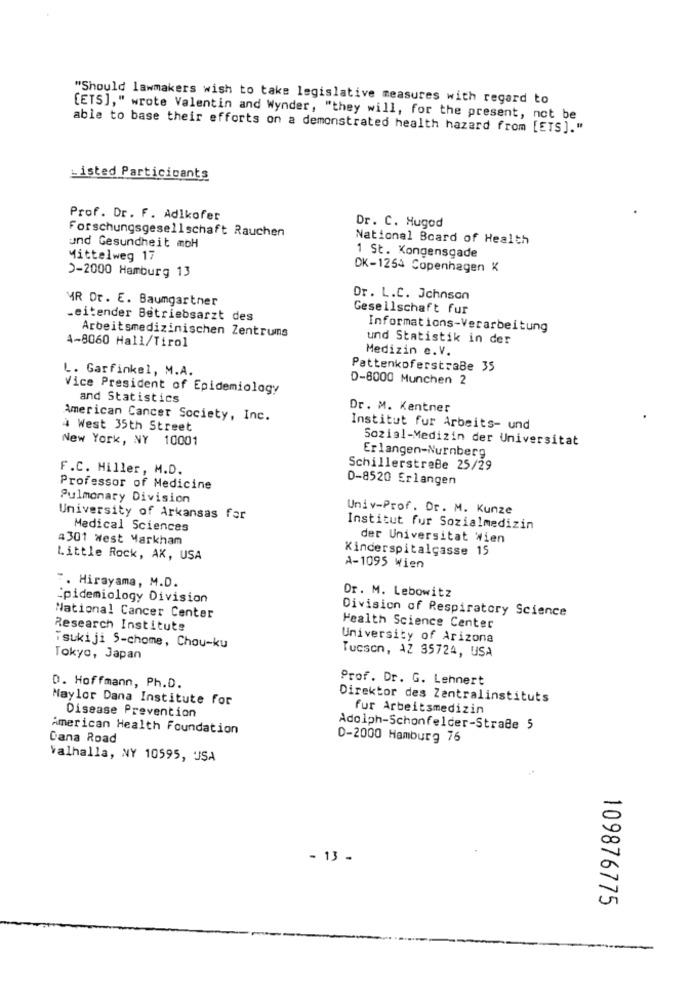
"Should lawmakers wish to take legislative measures with regard to
[ETS]," wrote Valentin and Wynder, "they will, for the present, not be
able to base their efforts on a demonstrated health hazard from [ETS]."
Listed Participants
Prof. Dr. F. Adlkofer
Dr. C. Hugod
Forschungsgesellschaft Rauchen
National Board of Health
und Gesundheit moH
Mittelweg 17
1 St. Kongensgade
DK-1254 Copenhagen K
>-2000 Hamburg 13
MR Dr. E. Baumgartner
Dr. L.C. Johnson
Gesellschaft fur
Leitender Betriebsarzt des
Arbeitsmedizinischen Zentrums
Informations-Verarbeitung
4-8060 Hall/Tirol
und Statistik in der
Medizin e. V.
L. Garfinkel, M.A.
Pattenkoferstraße 35
D-8000 Munchen 2
Vice President of Epidemiology
and Statistics
Dr. M. Kentner
American Cancer Society, Inc.
4 West 35th Street
Institut fur Arbeits- und
New York, NY 10001
Sozial-Medizin der Universitat
Erlangen-Nurnberg
F.C. Hiller, M.D.
SchillerstreBe 25/29
D-8520 Erlangen
Professor of Medicine
Pulmonary Division
Univ-Prof. Dr. M. Kunze
University of Arkansas far
Medical Sciences
Institut fur Sozialmedizin
4301 west Markham
der Universitat Wien
Kinderspitalgasse 15
Little Rock, AK, USA
A-1095 Wien
". Hirayama, M.D.
Dr. M. Lebowitz
:pidemiology Division
Division of Respiratory Science
National Cancer Center
Research Institute
Health Science Center
University of Arizona
isukiji 5-chome, Chou-ku
Tucson, AZ 35724, USA
Tokyo, Japan
Prof. Dr. G. Lehnert
D. Hoffmann, Ph.D.
Maylor Dana Institute for
Direktor des Zentralinstituts
Disease Prevention
fur Arbeitsmedizin
American Health Foundation
Adolph-Schonfelder-StraBe 5
Cana Road
D-2000 Hamburg 76
valhalla, NY 10595, USA
- 13 -
109876775